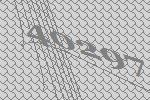
40297